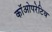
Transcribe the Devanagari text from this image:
कॉओपरेटिव